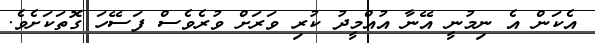
އެކަން އެ ނިމުނީ އޭނާ އުއްމީދު ކުރި ވަރަށް ވުރެވެސް ފަސޭހަ ގޮތަކަށެވެ.